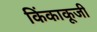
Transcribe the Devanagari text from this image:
किंकाकूजी